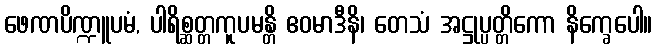
ဖေဏပိဏ္ဍူပမံ, ပါရိစ္ဆတ္တကူပမန္တိ ဧဝမာဒီနိ၊ တေသံ အဋ္ဌုပ္ပတ္တိကော နိက္ခေပေါ။